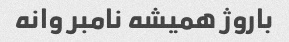
باروژ همیشه نامبر وانه